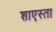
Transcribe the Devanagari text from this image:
शाएस्ता